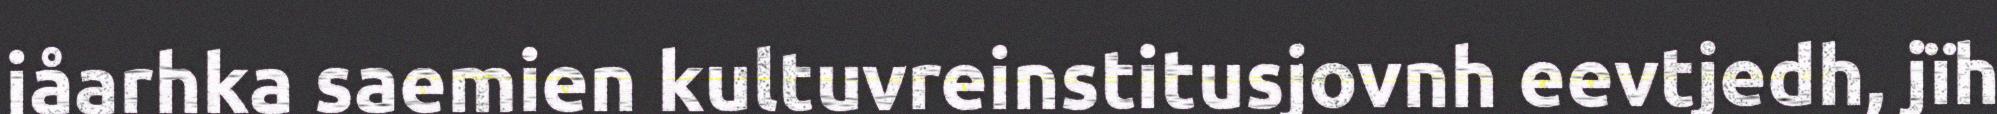
jåarhka saemien kultuvreinstitusjovnh eevtjedh, jïh